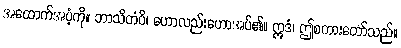
အထောက်အပံ့ကို။ ဘာသိတံပိ၊ ဟောလည်းဟောအပ်၏။ ဣဒံ၊ ဤစကားတော်သည်။